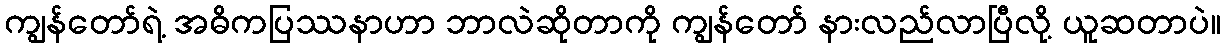
ကျွန်တော်ရဲ့ အဓိကပြဿနာဟာ ဘာလဲဆိုတာကို ကျွန်တော် နားလည်လာပြီလို့ ယူဆတာပဲ။